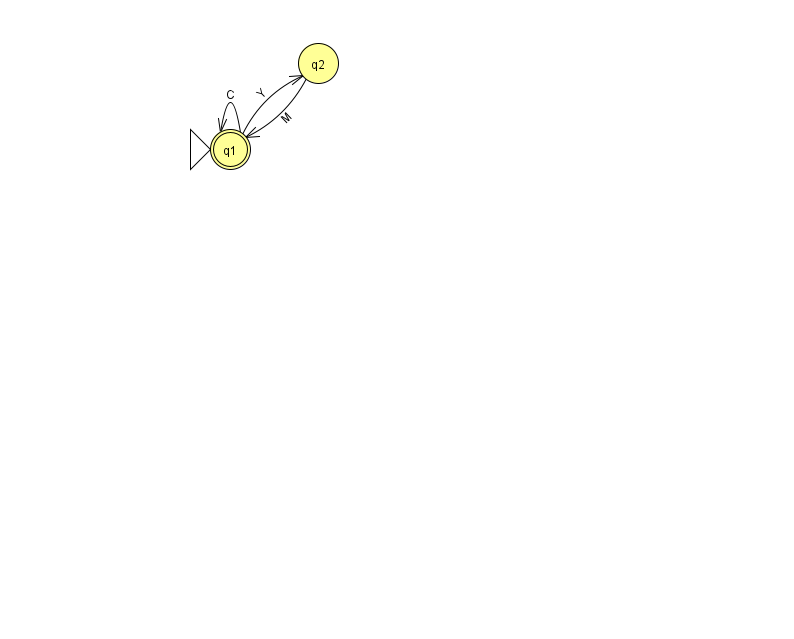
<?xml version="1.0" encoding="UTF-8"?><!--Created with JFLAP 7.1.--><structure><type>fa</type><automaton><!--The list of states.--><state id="1" name="q1"><x>230.0</x><y>136.0</y><initial/><final/></state><state id="2" name="q2"><x>318.0</x><y>50.0</y></state><!--The list of transitions.--><transition><from>1</from><to>1</to><read>C</read></transition><transition><from>2</from><to>1</to><read>M</read></transition><transition><from>1</from><to>2</to><read>Y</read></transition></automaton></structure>